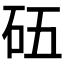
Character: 𥐳